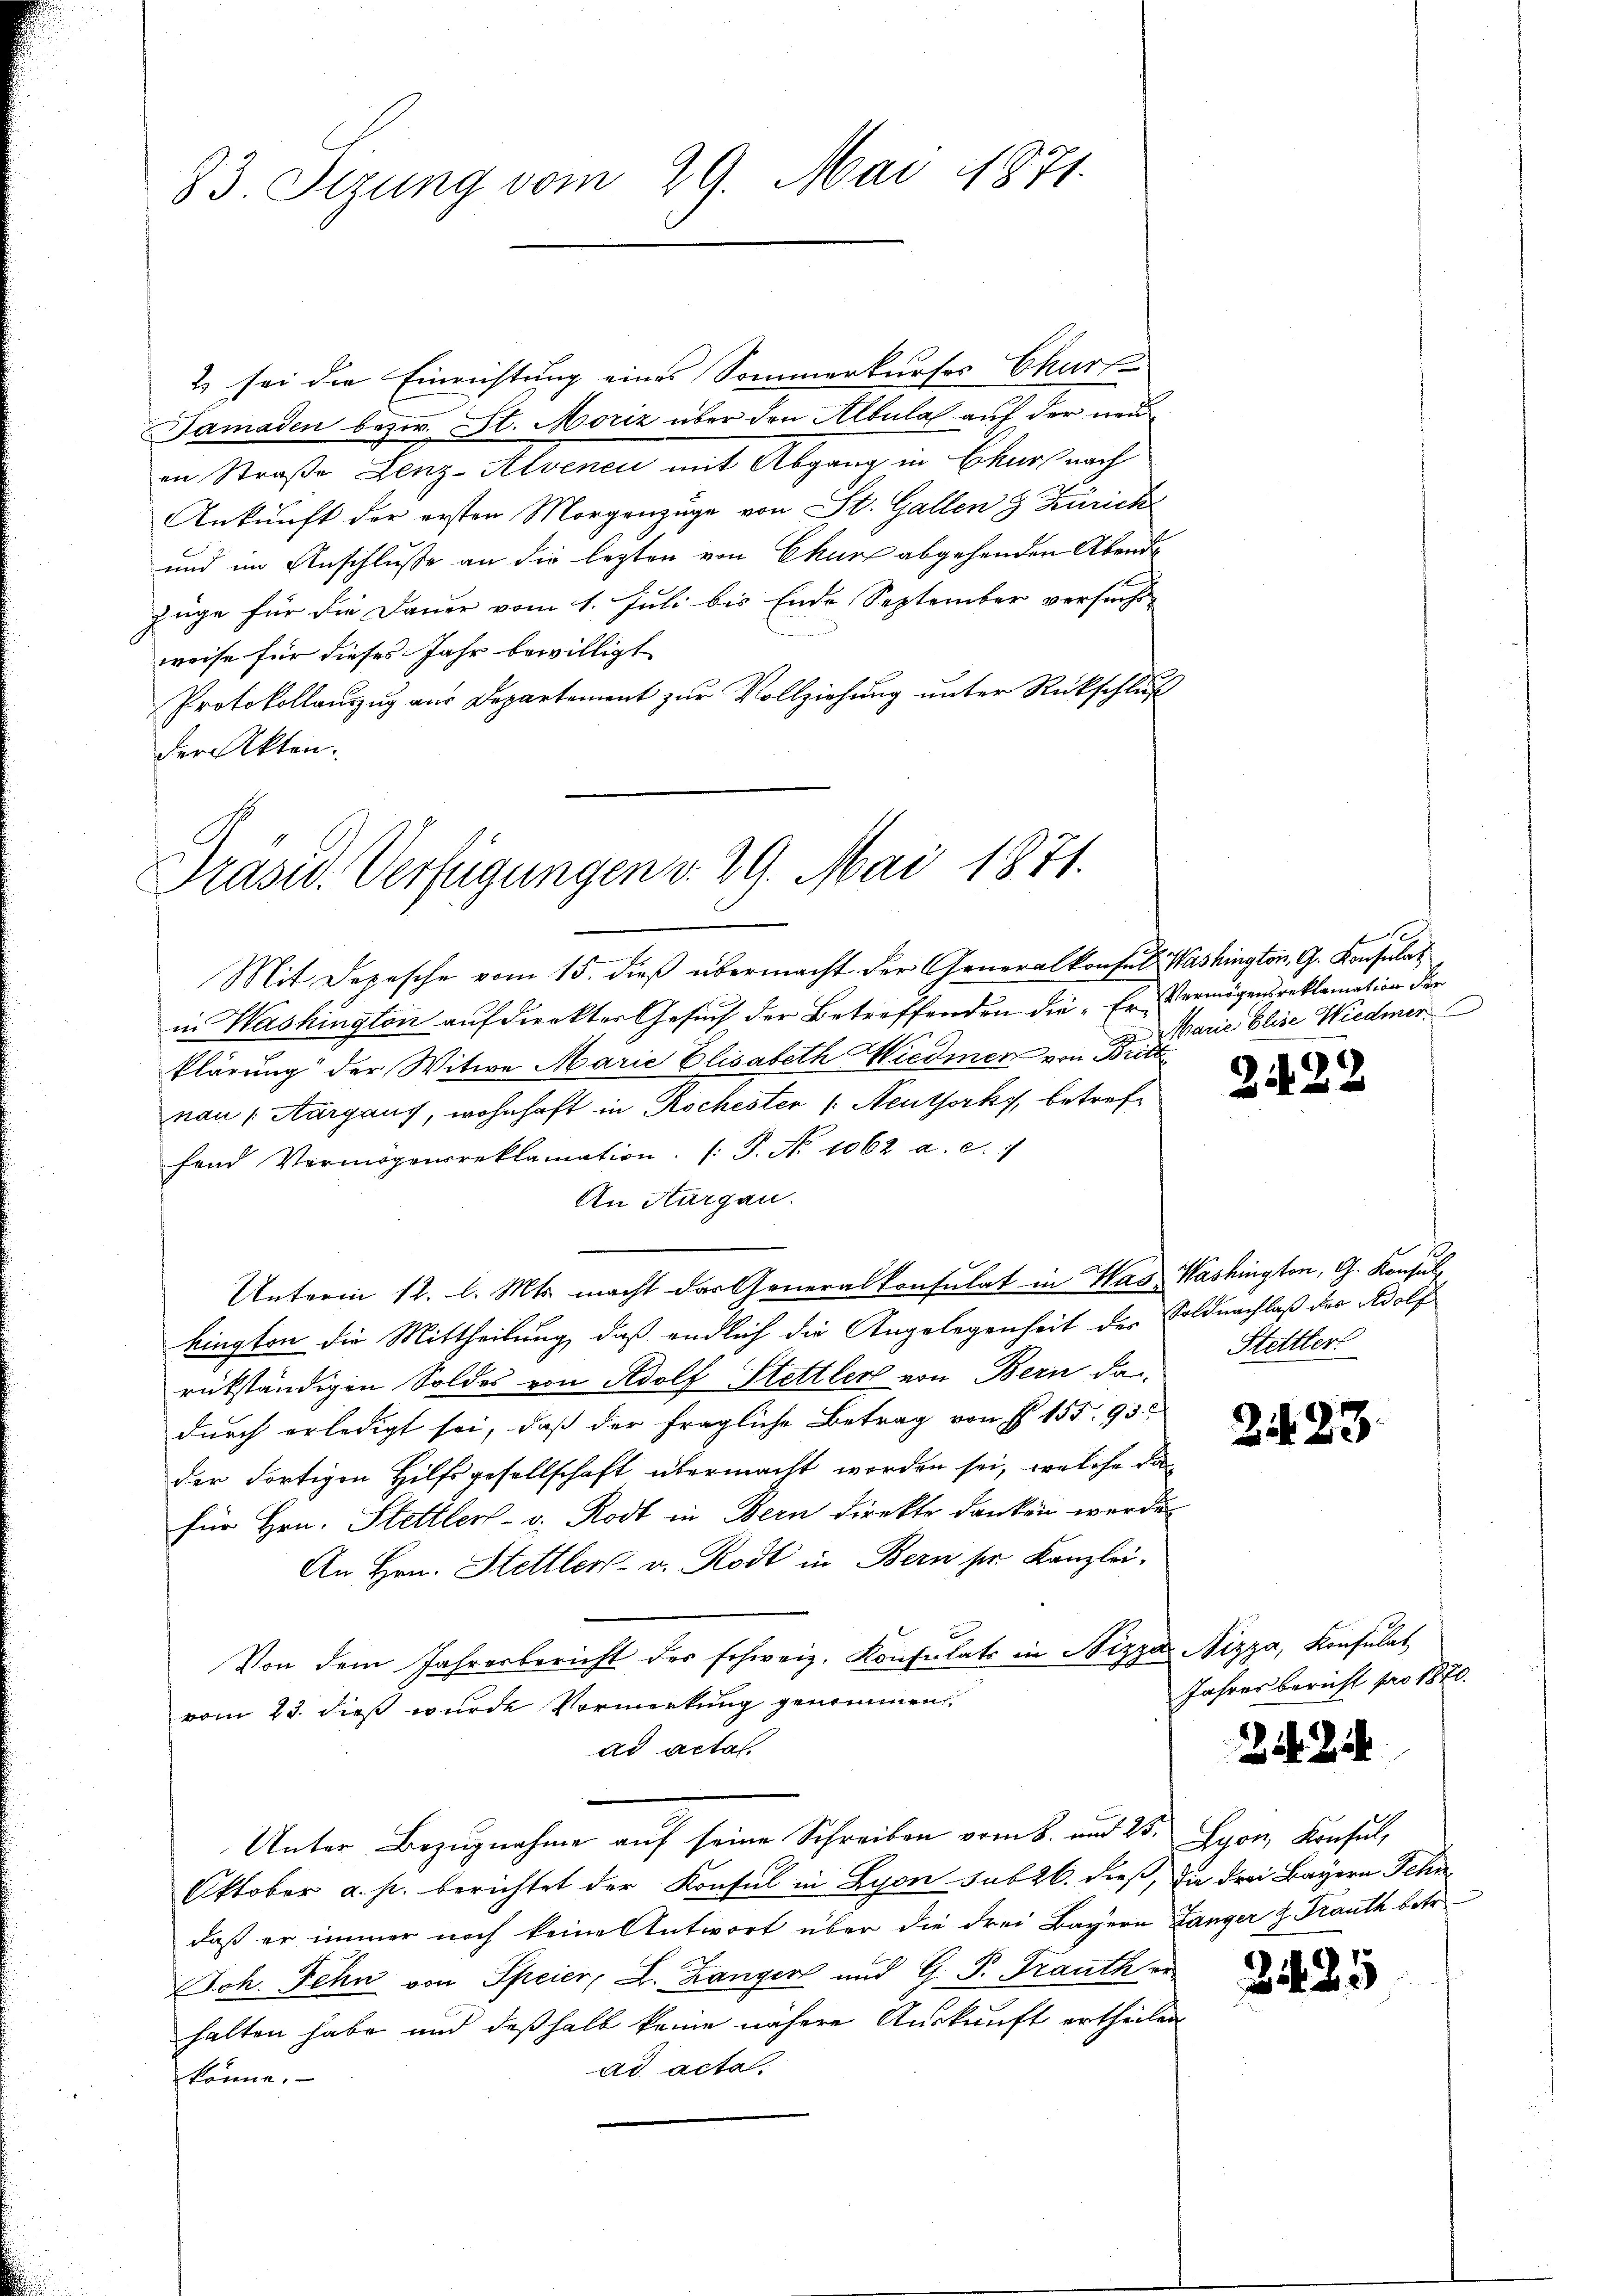
83. Sizung vom 29. Mai 1871.

2 sei die Einrichtung eines Sommerkurser Charf¬
Samaden bezw. St. Moriz über den Albula auf der neue
in Straße Lenz-Alvener mit Abgang in Churfnach
Ankunft der ersten Morgenzüge von St. Gallen 3 Zürich
und im Anschlusse an die lezten von Ekurz abgehenden Abende
züge für die Dauer vom 1. Juli bis Ende September versucht
weise für dieses Jahr bewilligt
Protokollauszug aus Departement zur Vollziehung unter Rückschluß
der Akten.

Präsid. Verfügungen v. 29. Mai 1871.

Mit Depesche vom 15. dieß übermacht der Generalkonsul Washington, G. Konsulat
in Washington auf direkter Gesuch der Betreffenden die Er Vermögensreklamation der
klärung der Witwe Marie Elisabeth Wiedmer von Britt
nau, Aargaus, wohnhaft in Rochester /: Neuthorks, betreffend Vermögensreklamation. (T. No 1062 a. c.
An Thurgau.
Unterm 12. l. Mts. macht das Generalkonsulat in Was Washington, G. Konsulkington die Mittheilung, daß endlich die Angelegenheit der Soldnachlaß der Adolf
rükständigen Soldes von Adolf Stettler von Bern da
dŭrch erledigt sei, daß der fragliche Betrag von § 155. 93
der Fortigen Hilfsgesellschaft übermacht worden sei, welche dafür Hrn. Stettler- u. Rodt in Bern direkte danken werde
An Hrn. Hettler v. Rodt in Bern sie Kanzlei-
Von dem Jahresbericht der schweiz. Konsulats in Nizza Nizza, Konsulat
vom 23. dieß wurde Vormerkung genommen
ad actat.
Unter Bezugnahme auf seine Schreiben vom 8. und 25. Lyon, Konsul,
Oktober a. p. berichtet der Konsul in Lyon sub 26. dieß, die drei Bayern Sehn
daß er immer noch keine Antwort über die drei Bayern Langer z. Trauth betr.
Joh. Fehn von Speier, A. Langer und G. P. Frauth er
halten habe und deßhalb keine nähere Auskunft ertheilen
ad acta.
könne.

Marie Elise Wiedmer

2422

Stettler

223.

Jahresbericht pro 1870.

24 Zi

3425